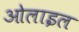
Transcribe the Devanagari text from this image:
ओलाइल